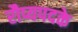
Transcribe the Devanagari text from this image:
रौप्यपदके